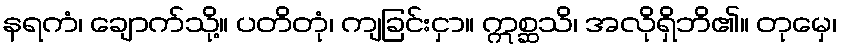
နရကံ၊ ချောက်သို့။ ပတိတုံ၊ ကျခြင်းငှာ။ ဣစ္ဆသိ၊ အလိုရှိဘိ၏။ တုမှေ၊